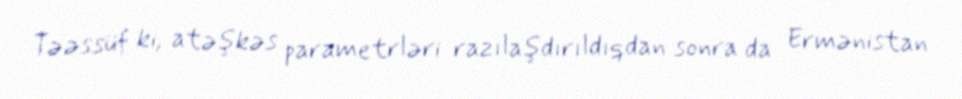
Təəssüf ki, atəşkəs parametrləri razılaşdırıldıqdan sonra da Ermənistan